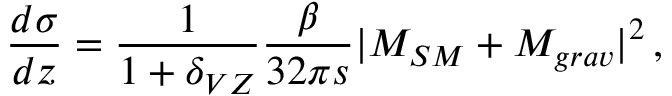
{ \frac { d \sigma } { d z } } = { \frac { 1 } { 1 + \delta _ { V Z } } } { \frac { \beta } { 3 2 \pi s } } | { \cal M } _ { S M } + { \cal M } _ { g r a v } | ^ { 2 } \, ,